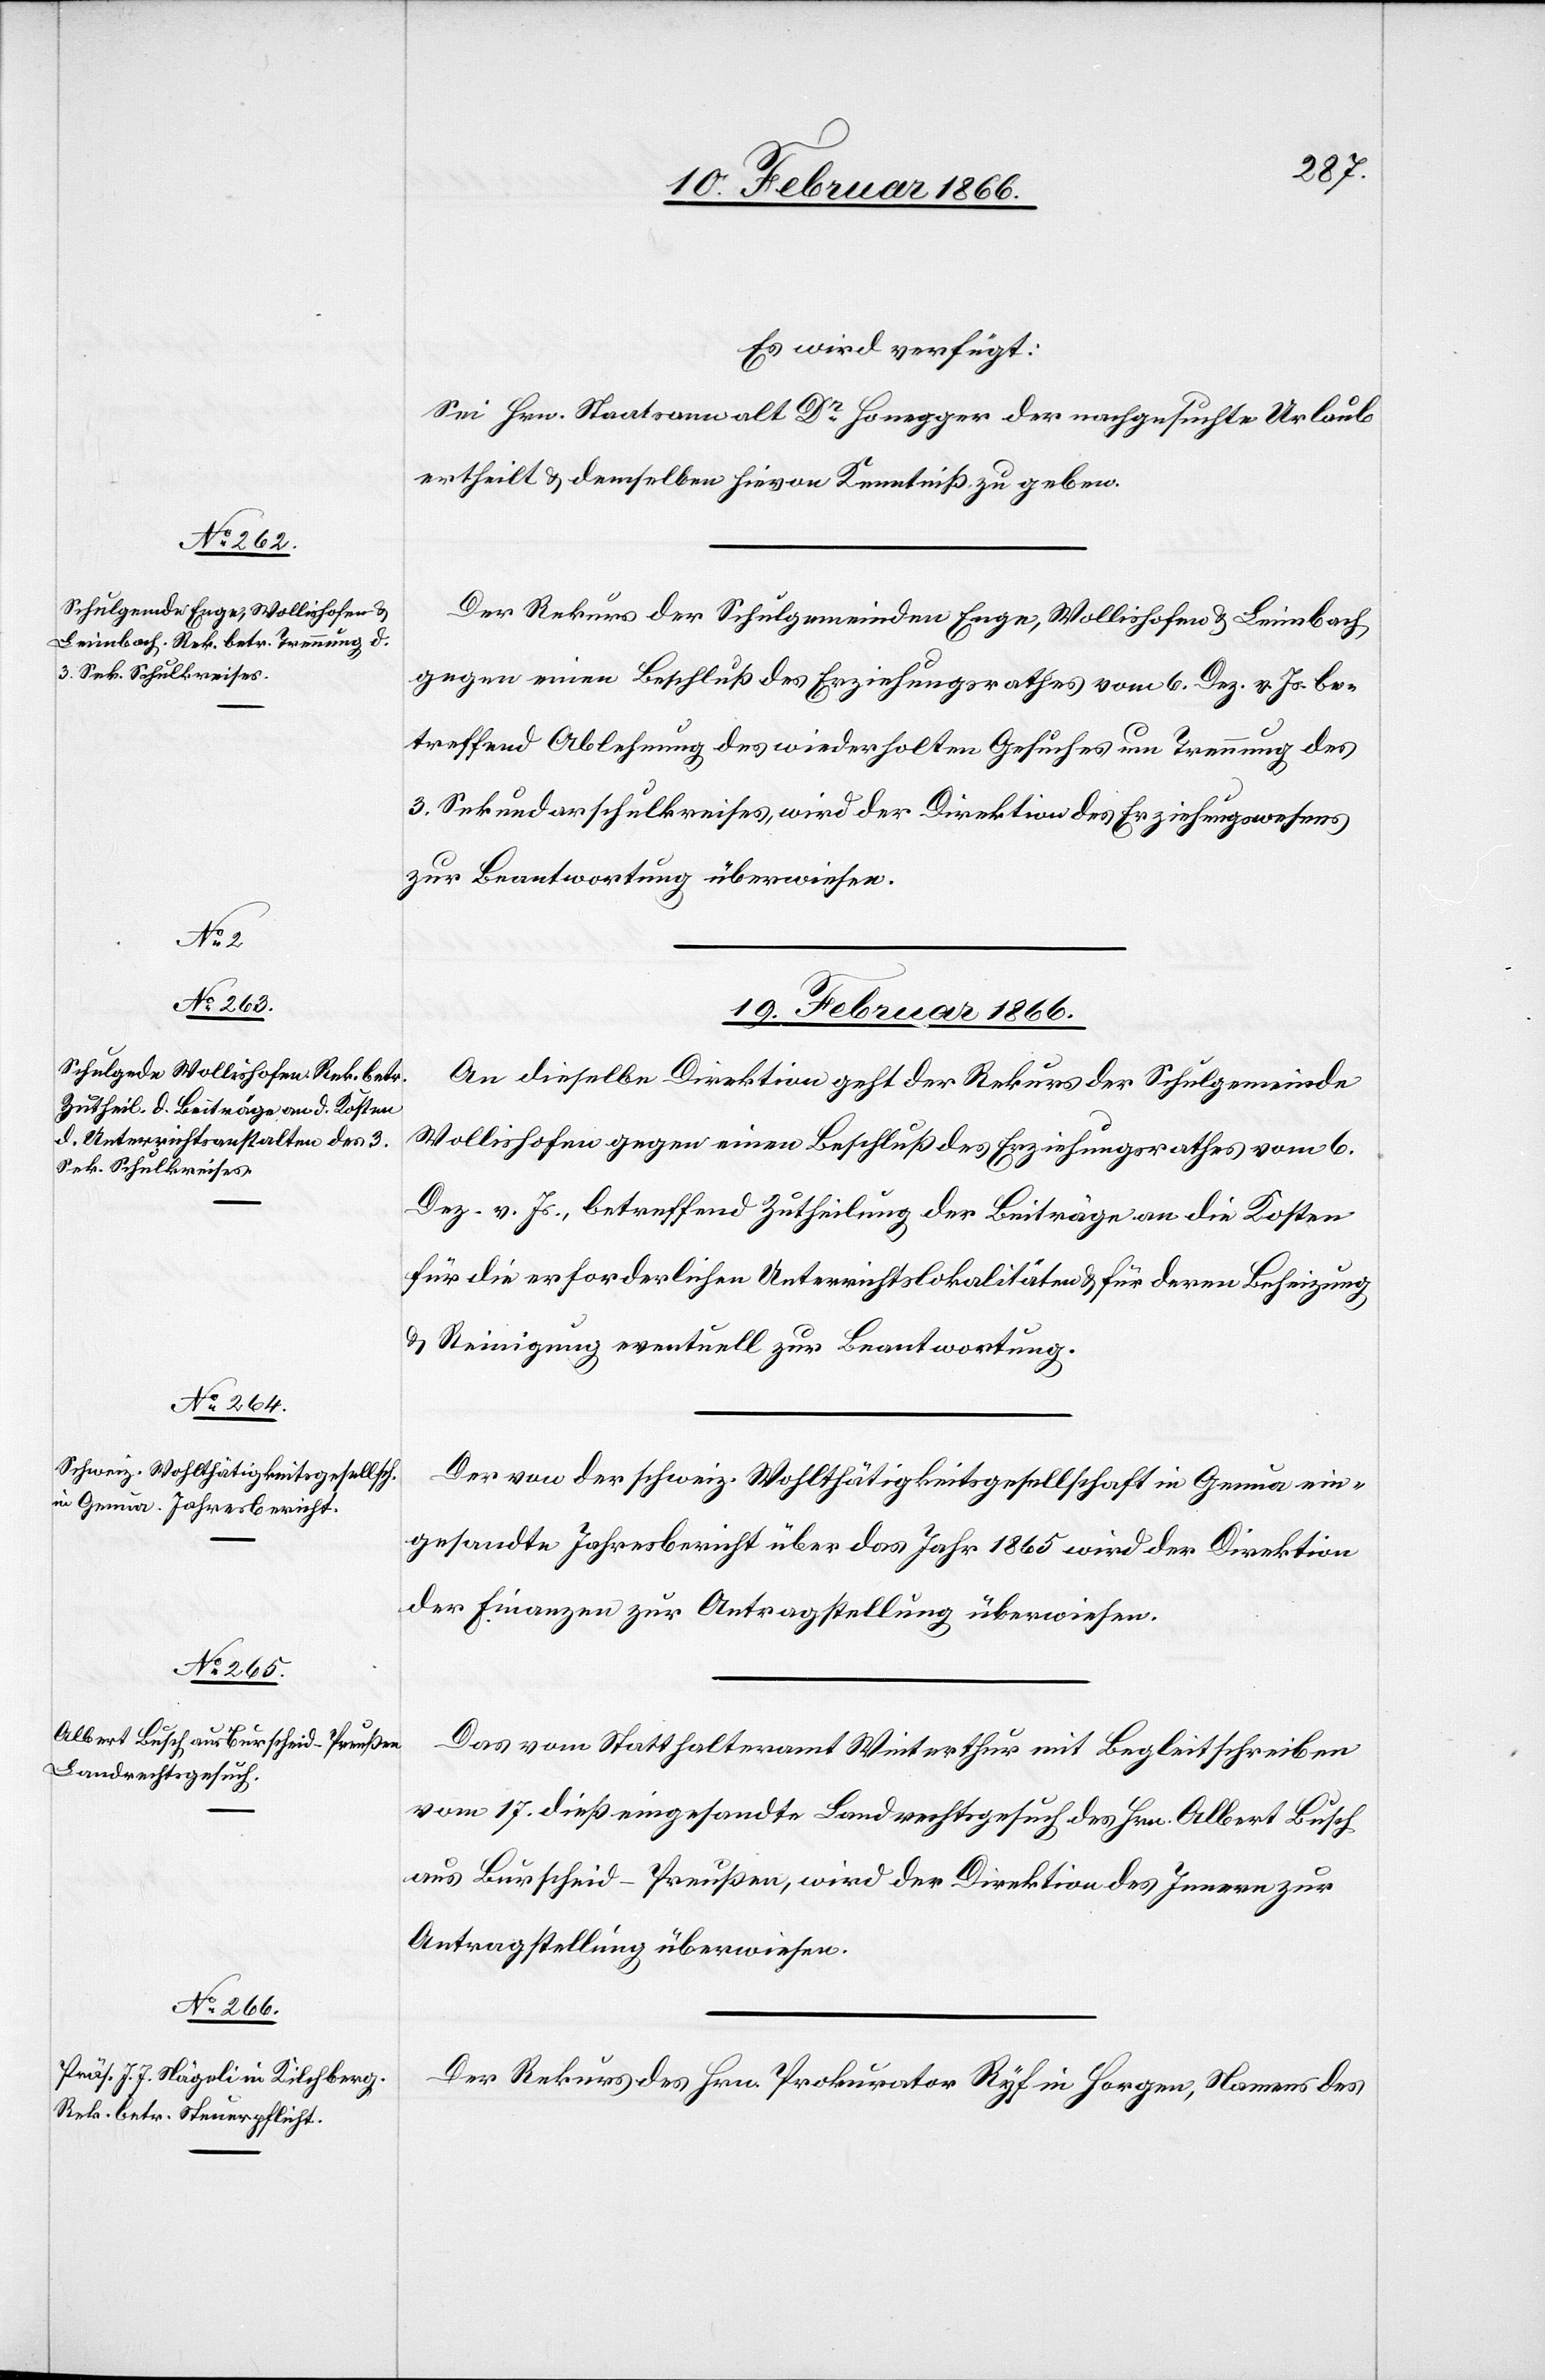
19. Februar 1866.]
Es wird verfügt:
Sei Hrn. Staatsanwalt Dr. Honegger der nachgesuchte Urlaub
ertheilt u. demselben hievon Kenntniß zu geben.
Der Rekurs der Schulgemeinden Enge, Wollishofen u. Leimbach
gegen einen Beschluß des Erziehungsrathes vom 6. Dez. v. Js. bes¬
treffend Ablehnung des wiederholten Gesuches um Trennung des
3. Sekundarschulkreises, wird der Direktion des Erziehungswesens
zur Beantwortung überwiesen
An dieselbe Direktion geht der Rekurs der Schulgemeinde
Wollishofen gegen einen Beschluß des Erziehungsrathes vom 6.
Dez. v. Js., betreffend Zutheilung der Beiträge an die Kosten
für die erforderlichen Unterrichtslokalitäten u. für deren Beheizung
u. Reinigung eventuell zur Beantwortung.
Der von der schweiz. Wohltätigkeitsgesellschaft in Genau ein¬
gesandte Jahresbericht über das Jahr 1865 wird der Direktion
der Finanzen zur Antragstellung überwiesen.
Das vom Statthalteramte Winterthur mit Begleitschreiben
vom 17. dieß eingesandte Landrechtsgesucht des Hrn. Albert Busch
aus Burscheid - Preußen, wird der Direktion des Innern zur
Antragstellung überwiesen.
Der Rekurs des Hrn. Prokurator Ryf in Horgen, Namens des